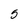
Character: 5